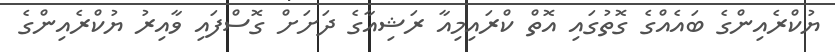
ޔުކްރެއިންގެ ބައެއްގެ ގޮތުގައި އޮތް ކްރައިމިއާ ރަޝިއާގެ ދަށަށް ގޮސްފައި ވާއިރު ޔުކްރެއިންގެ